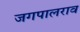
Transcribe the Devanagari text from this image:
जगपालराव